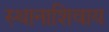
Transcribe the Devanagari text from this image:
स्थानाशिवाय